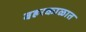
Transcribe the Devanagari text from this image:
बहरकाळात